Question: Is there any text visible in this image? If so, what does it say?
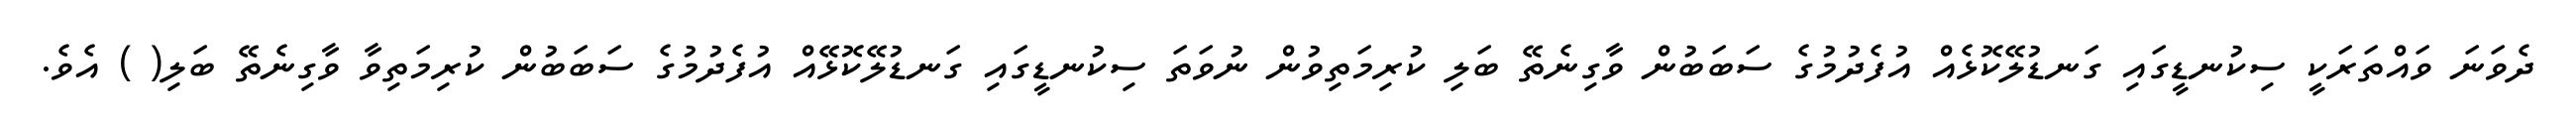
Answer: ދެވަނަ ވައްތަރަކީ ސިކުނޑީގައި ގަނޑުލޭކޮޅެއް އުފެދުމުގެ ސަބަބުން ވާގިނެތޭ ބަލި ކުރިމަތިވުން ނުވަތަ ސިކުނޑީގައި ގަނޑުލޭކޮޅޭއް އުފެދުމުގެ ސަބަބުން ކުރިމަތިވާ ވާގިނެތޭ ބަލި( ) އެވެ.